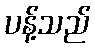
ပန့်သည်